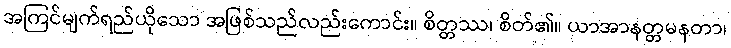
အကြင်မျက်ရည်ယိုသော အဖြစ်သည်လည်းကောင်း။ စိတ္တဿ၊ စိတ်၏။ ယာအာနတ္တမနတာ၊